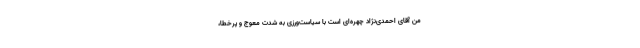
من آقای احمدی‌نژاد چهره‌ای است با سیاست‌ورزی به شدت معوج و پرخطا،